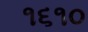
૧૬૧૦